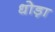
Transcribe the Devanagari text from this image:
धोड़ा